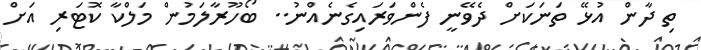
ތި ދާން އުޅޭ ތަނަކަށް ދެވޭނީ ފެންވަރައިގެނެއްނު.. ބޯހޫރާލަމުން މަލްކާ ކޮޓަރި އަށް